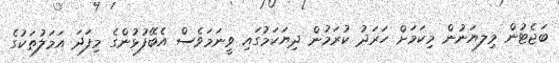
ބަޖެޓުން މިލޔަނުން މިކަމަށް ހަރަދު ކުރަމުން ދިޔަކަމުގައި ވީނަމަވެސް އެބޭފުޅުންގެ މިފަދަ އަމަލުތަކުގެ